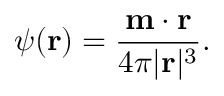
\psi ( \mathbf { r } ) = { \frac { \mathbf { m } \cdot \mathbf { r } } { 4 \pi | \mathbf { r } | ^ { 3 } } } .